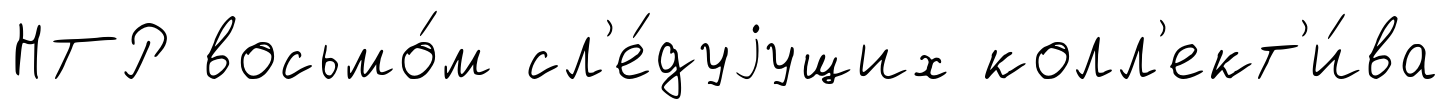
НТР восьмо́м сл'е́дуjущих колл'ект'и́ва